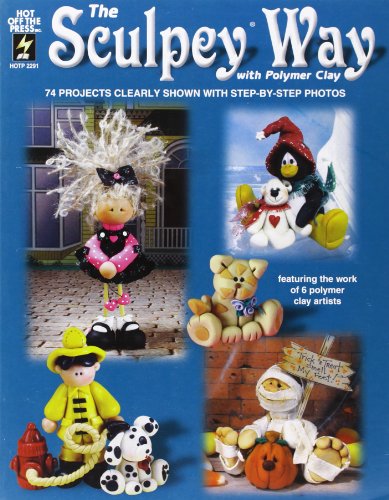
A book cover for The Sculpey Way With Polymer Clay; Crafts, Hobbies & Home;